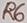
Text: R6